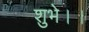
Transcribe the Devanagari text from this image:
शुभे।।